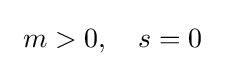
~m>0,\quad s=0~